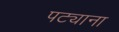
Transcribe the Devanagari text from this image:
पट्याना